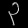
Digit: ၃